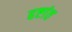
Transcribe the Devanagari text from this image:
द्दष्टांत